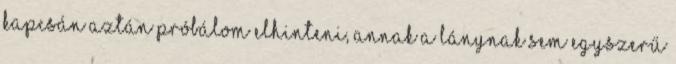
kapcsán aztán próbálom elhinteni, annak a lánynak sem egyszerű